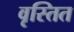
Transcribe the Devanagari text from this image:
वृस्तित